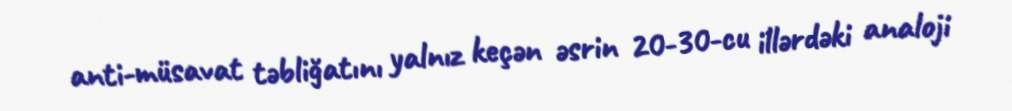
anti-müsavat təbliğatını yalnız keçən əsrin 20-30-cu illərdəki analoji